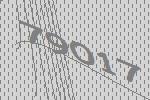
79017